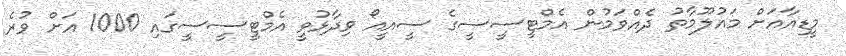
މީޑިއާއަށް މައުލޫމާތު ދެއްވަމުން އެމްޓީސީސީގެ ސީއީއޯ ވިދާޅުވީ އެމްޓީސީސީގައި 1000 އަށް ވުރެ